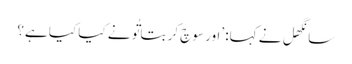
سانگھل نے کہا: ’اور سوچ کر بتا تُو نے کیا کیا ہے؟